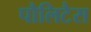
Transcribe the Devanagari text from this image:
पौलिटैस